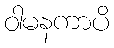
ဝါမနကာပိ